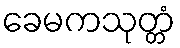
ခေမကသုတ္တံ